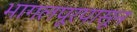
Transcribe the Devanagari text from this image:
भागलपूरपासून